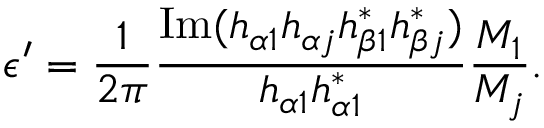
\epsilon ^ { \prime } = \frac { 1 } { 2 \pi } \frac { \mathrm { I m } ( h _ { \alpha 1 } h _ { \alpha j } h _ { \beta 1 } ^ { * } h _ { \beta j } ^ { * } ) } { h _ { \alpha 1 } h _ { \alpha 1 } ^ { * } } \frac { M _ { 1 } } { M _ { j } } .